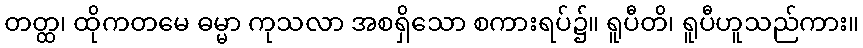
တတ္ထ၊ ထိုကတမေ ဓမ္မာ ကုသလာ အစရှိသော စကားရပ်၌။ ရူပီတိ၊ ရူပီဟူသည်ကား။